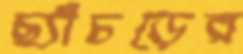
ছ্যাঁচড়ের